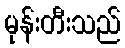
မုန်းတီးသည်